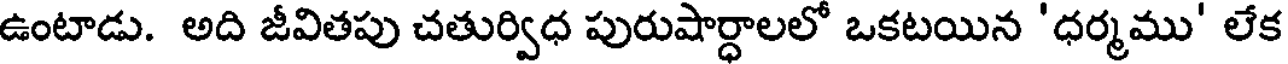
ఉంటాడు. అది జీవితపు చతుర్విధ పురుషార్ధాలలో ఒకటయిన 'ధర్మము' లేక